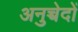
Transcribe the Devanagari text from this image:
अनुच्चेदों